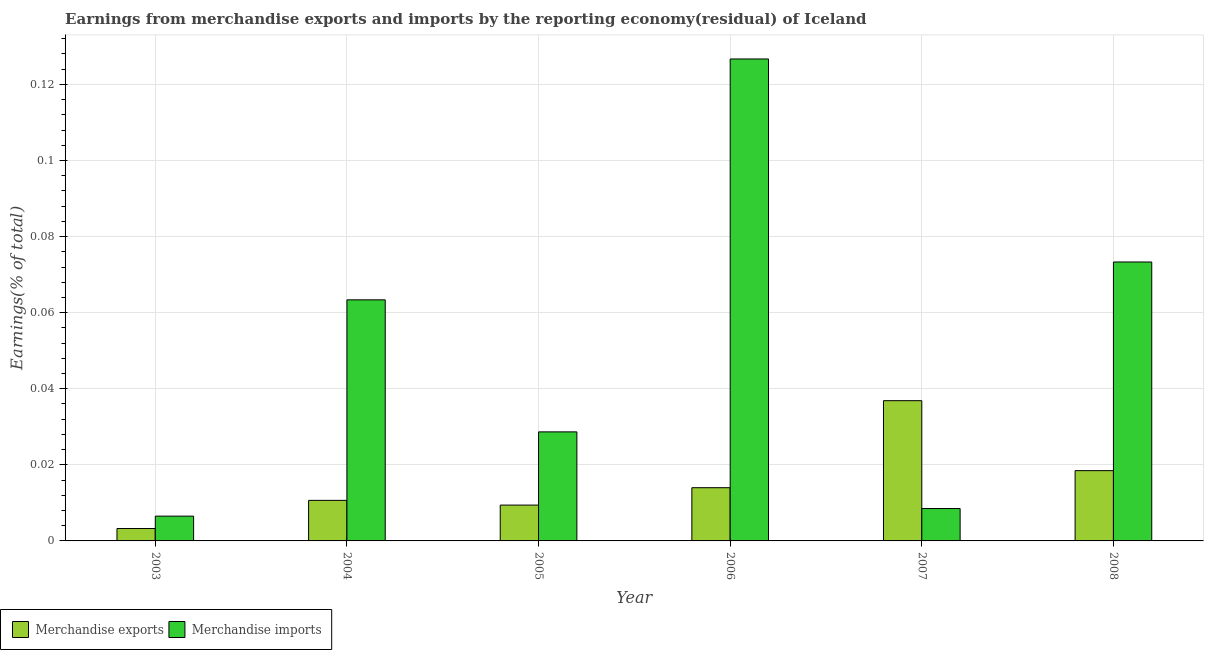
| Year | Merchandise exports | Merchandise imports |
 | --- | --- | --- |
 | 2003 | 0.00326 | 0.00652 |
 | 2004 | 0.0107 | 0.0634 |
 | 2005 | 0.00942 | 0.0287 |
 | 2006 | 0.014 | 0.127 |
 | 2007 | 0.0369 | 0.00851 |
 | 2008 | 0.0185 | 0.0733 |